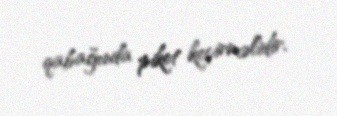
qabağında piket keçirməlidir.